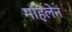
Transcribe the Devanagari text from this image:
महिलेनं